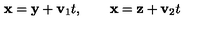
{ \bf x } = { \bf y } + { \bf v } _ { 1 } t , \qquad { \bf x } = { \bf z } + { \bf v } _ { 2 } t